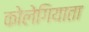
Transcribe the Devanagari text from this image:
कोलेगियाता